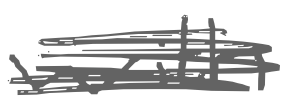
Text: with
Cross-out: scratch
Writing tool: digital_gray